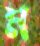
ম